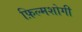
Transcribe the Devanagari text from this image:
फ़िल्मशोगी